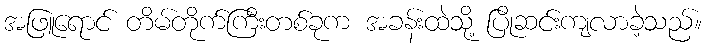
အဖြူရောင် တိမ်တိုက်ကြီးတစ်ခုက အခန်းထဲသို့ ပြိုဆင်းကျလာခဲ့သည်။